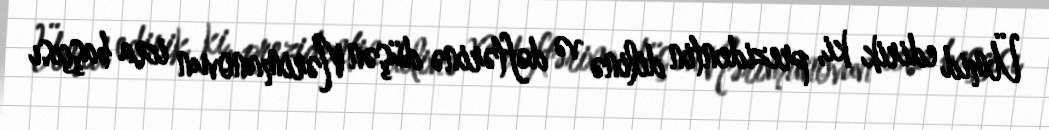
Ümid edirik ki, prezidentin dilinə və dəftərinə düşən Nərimanovun icra başçısı